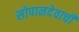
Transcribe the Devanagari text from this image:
सोपानदेवाची